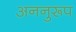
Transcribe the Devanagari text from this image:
अननुरूप